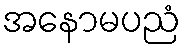
အနောမပညံ